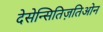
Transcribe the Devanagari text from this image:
देसेन्सितिज़तिओन